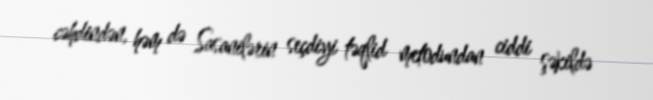
cəhdindən, həm də Sasanilərin seçdiyi təqlid metodundan ciddi şəkildə